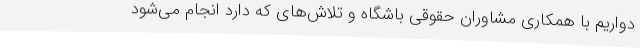
دواریم با همکاری مشاوران حقوقی باشگاه و تلاش‌های که دارد انجام می‌شود